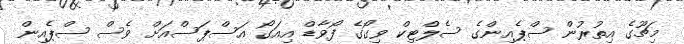
މިޗޫގެ އިތުރުން ސްޕެއިންގެ ސެލްޓިކް ވިގޯގެ ފޯވާޑް އިއަގޯ އަސްޕަސްއަށް ވެސް ސްޕެއިން